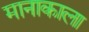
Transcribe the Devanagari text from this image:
मानाकाला